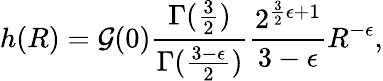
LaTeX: h(R)={\cal G}(0)\frac{\Gamma(\frac{3}{2})}{\Gamma(\frac{3-\epsilon}{2})}\frac{2^{\frac{3}{2}\epsilon+1}}{3-\epsilon}R^{-\epsilon},